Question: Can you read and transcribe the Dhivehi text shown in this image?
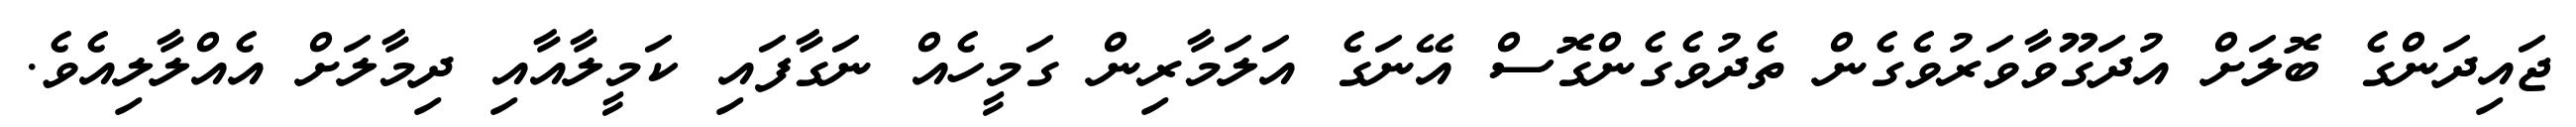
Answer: ޖައިދަންގެ ބޮލަށް އުދަގޫވާވަރުވެގެން ތެދުވެގެންގޮސް އޭނަގެ އަލަމާރިން ގަމީހެއް ނަގާފައި ކަމީލާއާއި ދިމާލަށް އެއްލާލިއެވެ.